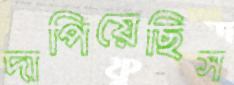
দাপিয়েছিস